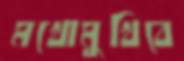
মখোমুখিবে